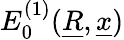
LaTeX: E_{0}^{(1)}(\underline{{R}},\underline{{x}})